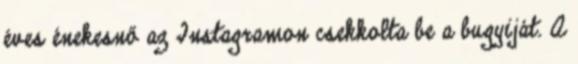
éves énekesnő az Instagramon csekkolta be a bugyiját. A